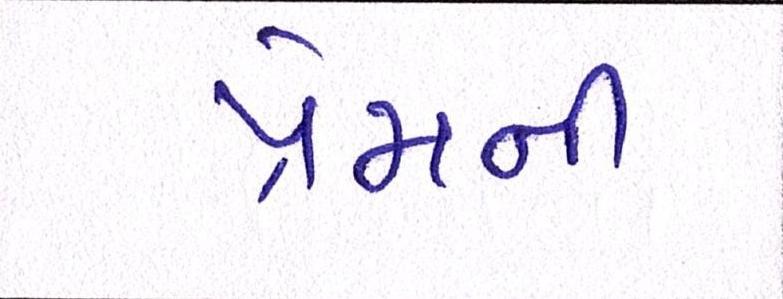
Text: પ્રેમની